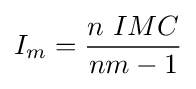
I_{m}={\frac {n\ IMC}{nm-1}}